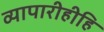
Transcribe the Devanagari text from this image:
व्यापारीहीहि